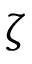
\zeta